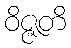
ဝိဇ္ဇတိ